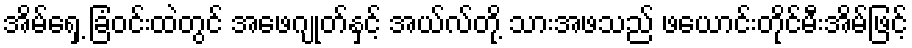
အိမ်ရှေ့ ခြံဝင်းထဲတွင် အဖေဂျုတ်နှင့် အယ်လ်တို့ သားအဖသည် ဖယောင်းတိုင်မီးအိမ်ဖြင့်